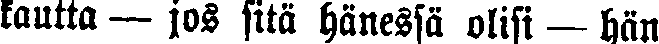
kautta — jos sitä hänessä olisi — hän